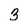
Character: 3